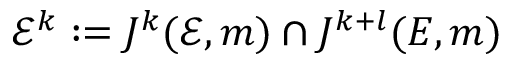
{ \mathcal { E } } ^ { k } : = J ^ { k } ( { \mathcal { E } } , m ) \cap J ^ { k + l } ( E , m )